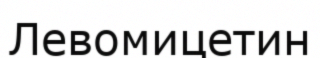
Левомицетин